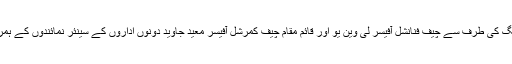
تقریب میں زونگ کی طرف سے چیف فنانشل آفیسر لی وین یو اور قائم مقام چیف کمرشل آفیسر معید جاوید دونوں اداروں کے سینئر نمائندوں کے ہمراہ موجود تھے۔